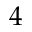
4